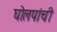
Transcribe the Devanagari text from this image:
घोलपांची